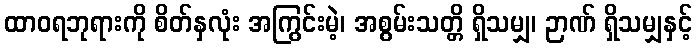
ထာဝရဘုရားကို စိတ်နှလုံး အကြွင်းမဲ့၊ အစွမ်းသတ္တိ ရှိသမျှ၊ ဉာဏ် ရှိသမျှနှင့်